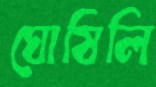
ঘোষিলি